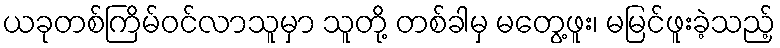
ယခုတစ်ကြိမ်ဝင်လာသူမှာ သူတို့ တစ်ခါမှ မတွေ့ဖူး၊ မမြင်ဖူးခဲ့သည့်